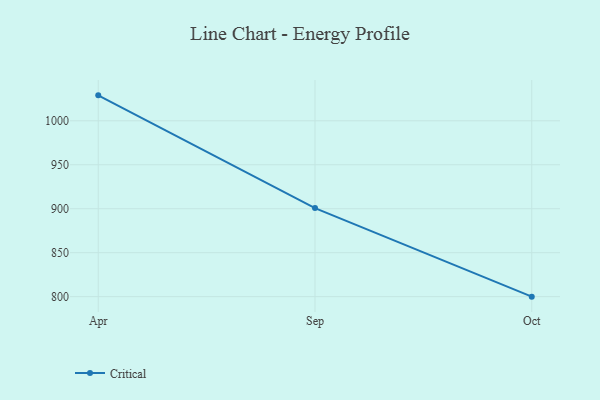
{"axis": {"x": "Month", "y": "Humidity (%)"}, "legend": ["Critical"], "data": [{"x": "Apr", "y": 1028.9, "type": "Critical"}, {"x": "Sep", "y": 900.7, "type": "Critical"}, {"x": "Oct", "y": 800, "type": "Critical"}]}